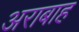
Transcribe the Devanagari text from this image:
अराबाह